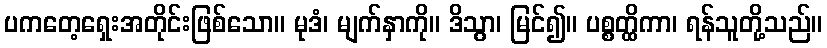
ပကတေ့ရှေးအတိုင်းဖြစ်သော။ မုဒံ၊ မျက်နှာကို။ ဒိသွာ၊ မြင်၍။ ပစ္စတ္ထိကာ၊ ရန်သူတို့သည်။